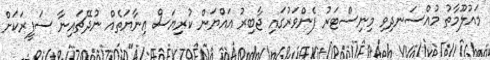
މައުލޫމާތު މުއްސަނދިވި މިނިސްޓަރު ފެންވަރުގައި ޖާބިރު އައްޔަން ކުރިޔަސް އިނާޔަތެއް ނުދޭޗައިނާ ސަފީރަކަށް